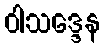
ဝါသဒ္ဒေန